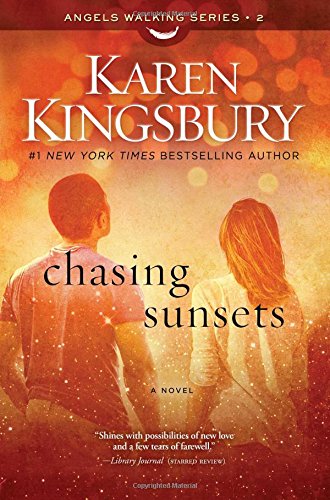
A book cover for Chasing Sunsets: A Novel (Angels Walking); Karen Kingsbury; Romance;